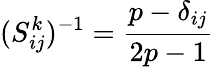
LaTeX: (S_{ij}^{k})^{-1}=\frac{p-\delta_{ij}}{2p-1}